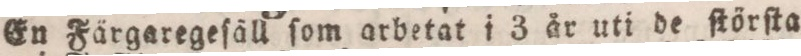
En Färgaregeſäll ſom arbetat i 3 år uti de ſtörſta